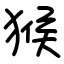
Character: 猴